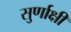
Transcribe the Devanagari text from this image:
सुर्णाक्षी